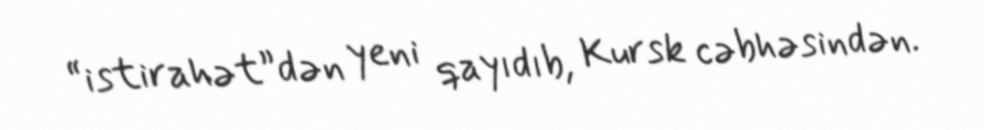
“istirahət”dən yeni qayıdıb, Kursk cəbhəsindən.